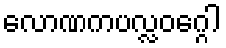
လောဏကပလ္လဝဂ္ဂေါ